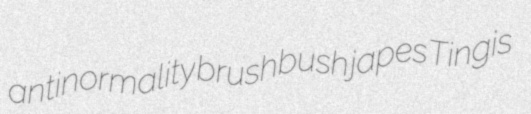
antinormality brushbush japes Tingis